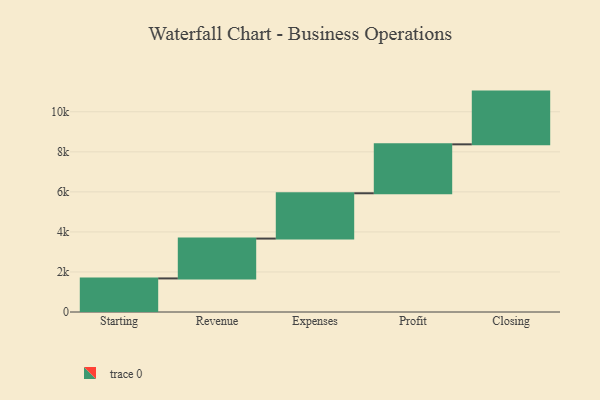
{"axis": {"x": "Step", "y": "Value"}, "legend": [""], "data": [{"x": "Starting", "y": 1677.0, "type": ""}, {"x": "Revenue", "y": 1990.0, "type": ""}, {"x": "Expenses", "y": 2263.0, "type": ""}, {"x": "Profit", "y": 2444.0, "type": ""}, {"x": "Closing", "y": 2634.0, "type": ""}]}